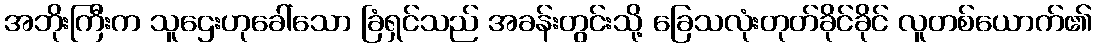
အဘိုးကြီးက သူဌေးဟုခေါ်သော ခြံရှင်သည် အခန်းတွင်းသို့ ခြေသလုံးတုတ်ခိုင်ခိုင် လူတစ်ယောက်၏